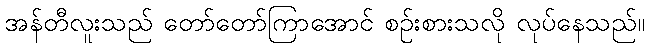
အန်တီလူးသည် တော်တော်ကြာအောင် စဉ်းစားသလို လုပ်နေသည်။